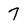
Character: 7